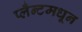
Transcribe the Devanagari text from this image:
प्लँन्टमधून